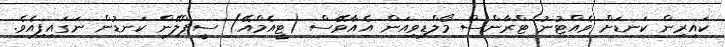
ކައިރިން ކަނޑަށް ވެއްޓުނު ޓްރާންސް މޯލްޑިވިއަން އެއާވޭސް (ޓީއެމްއޭ) ސީޕްލޭން ކަނޑުން ނަގައިފިއެވެ.